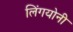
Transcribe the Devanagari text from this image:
लिंगयोनी